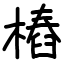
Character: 樁